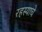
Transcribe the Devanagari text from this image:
रहस्याचे